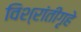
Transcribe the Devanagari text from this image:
विश्रांतीगृहे